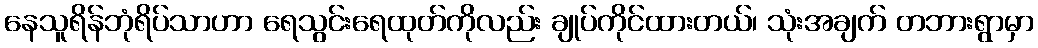
နေသူရိန်ဘုံရိပ်သာဟာ ရေသွင်းရေထုတ်ကိုလည်း ချုပ်ကိုင်ထားတယ်၊ သုံးအချက် တဘားရွာမှာ